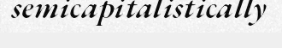
semicapitalistically